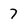
Character: 7